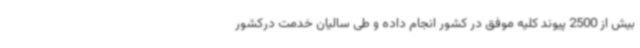
بیش از 2500 پیوند کلیه موفق در کشور انجام داده و طی سالیان خدمت درکشور